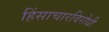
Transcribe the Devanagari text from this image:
हिंसाचारविरोधी